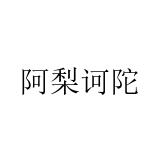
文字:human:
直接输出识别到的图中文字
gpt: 阿梨诃陀